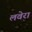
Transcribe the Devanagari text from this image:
लवेरा